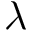
\lambda